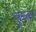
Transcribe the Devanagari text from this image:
चुन्जर